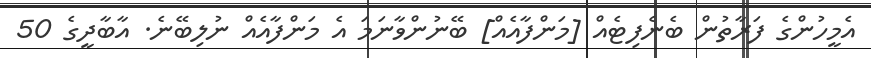
އެމީހުންގެ ފަރާތުން ބެނެފިޓެއް [މަންފާއެއް] ބޭނުންވާނަމަ އެ މަންފާއެއް ނުލިބޭނެ. އާބާދީގެ 50